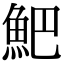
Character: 䰾